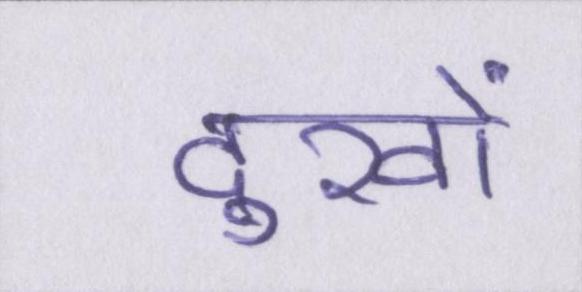
दुखों